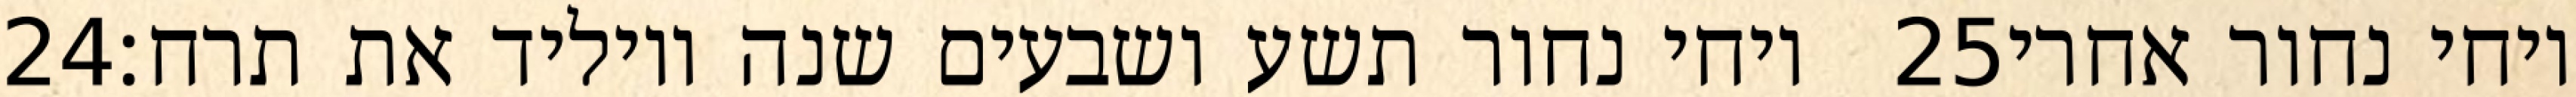
‎24‏ ויחי נחור תשע ושבעים שנה ויוליד את תרח׃ ‎25‏ ויחי נחור אחרי